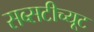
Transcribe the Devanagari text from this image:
सब्सटीच्यूट